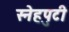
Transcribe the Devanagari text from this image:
स्नेहपुटी